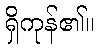
ရှိကုန်၏။